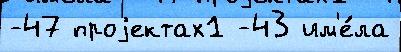
-47 проjектах1 -43 им'е́ла